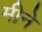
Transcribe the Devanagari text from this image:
मीने